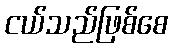
ငယ်သည်ဖြစ်စေ